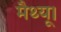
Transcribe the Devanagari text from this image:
मैथ्यू।